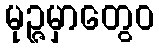
မုဉ္ဇမှာတွေဝ